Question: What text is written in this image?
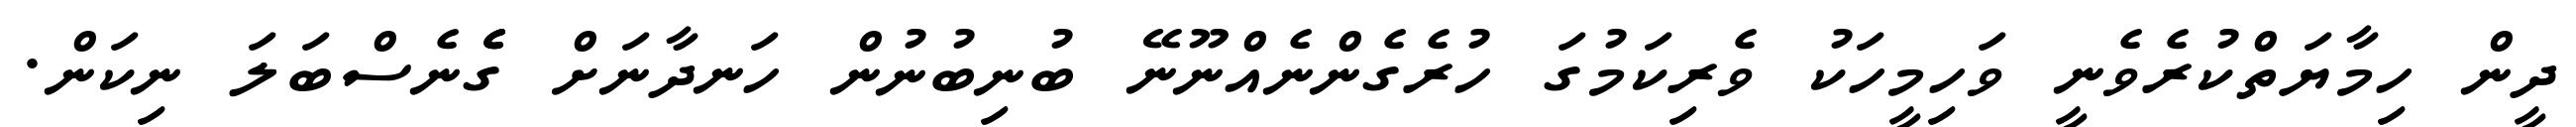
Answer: ދީން ހިމާޔަތްކުރެވެނީ ވަހިމީހަކު ވެރިކަމުގަ ހުރެގެންނެއްނޫނޭ ބުނިބުނުން ހަނދާނަށް ގެެެނެސްބަލަ ނިކަން.